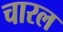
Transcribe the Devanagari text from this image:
चारल